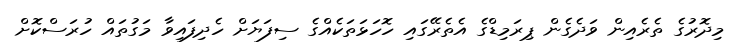
މިދޮރުގެ ތެރެއިން ވަދެގެން ޕިރަމިޑްގެ އެތެރޭގައި ހޮހަޅަތަކެއްގެ ސިފަޔަށް ހެދިފައިވާ މަގުތައް ހުރަސްކޮށް